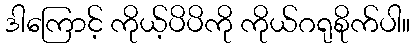
ဒါကြောင့် ကိုယ့်ပိပိကို ကိုယ်ဂရုစိုက်ပါ။